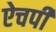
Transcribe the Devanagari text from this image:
ऐचपी